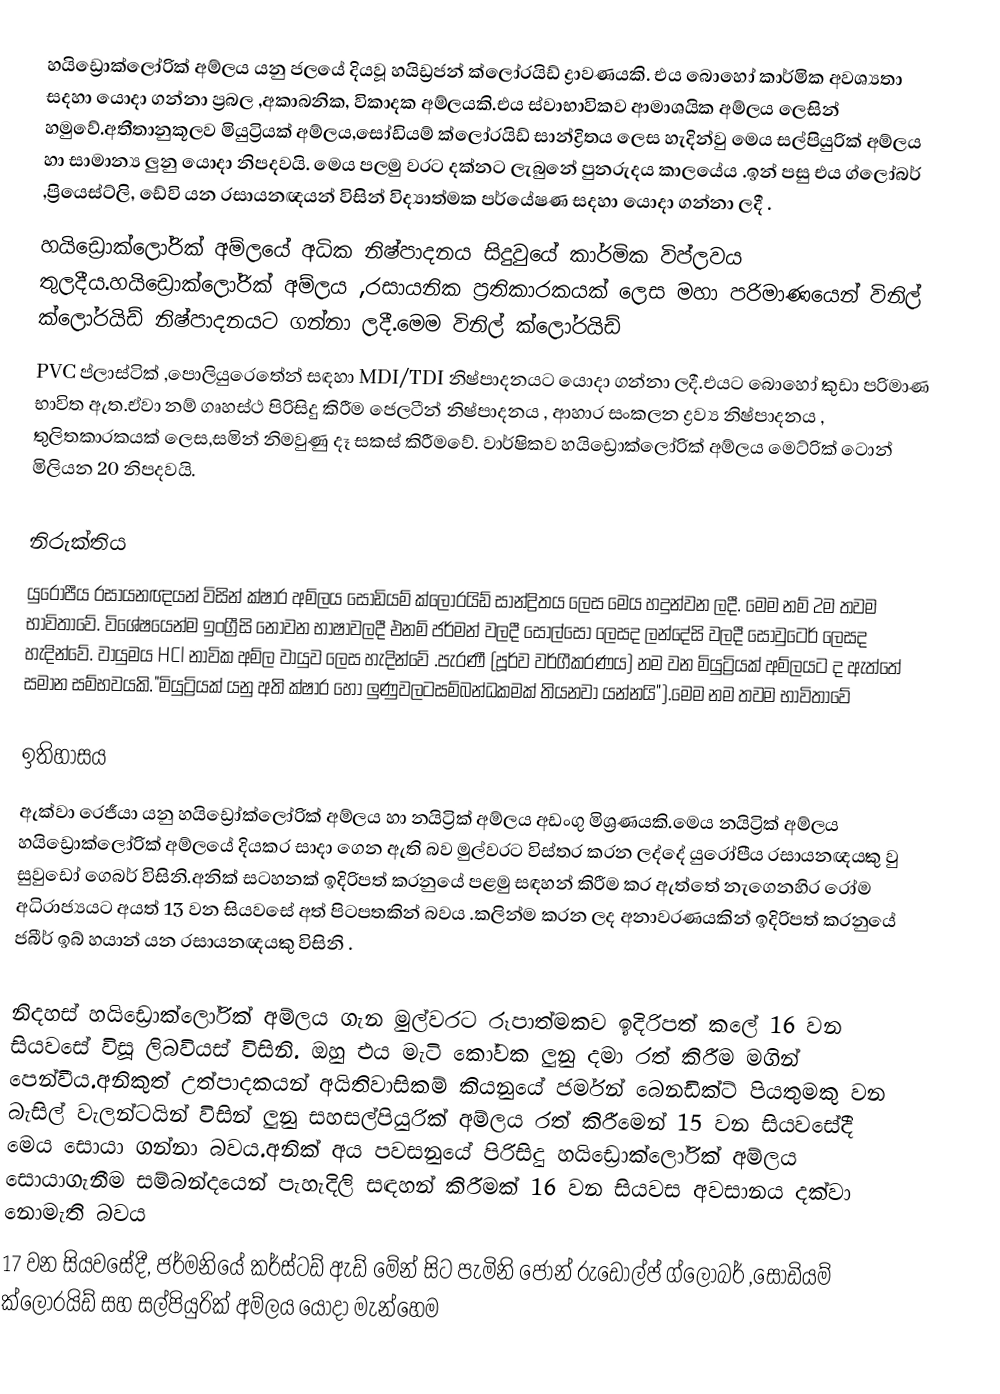
හයිඩ්‍රොක්ලෝරික් අම්ලය යනු ජලයේ දියවූ හයිඩ්‍රජන් ක්ලෝරයිඩ්  ද්‍රාවණයකි. එය බොහෝ කාර්මික අවශ්‍යතා සදහා යොදා ගන්නා ප්‍රබල ,අකාබනික, විකාදක අම්ලයකි.එය ස්වාභාවිකව ආමාශයික අම්ලය ලෙසින්  හමුවේ.අතීතානුකූලව මියුට්‍රියක් අම්ලය,සෝඩියම් ක්ලෝරයිඩ් සාන්ද්‍රිතය ලෙස හැදින්වු මෙය  සල්පියුරික් අම්ලය හා සාමාන්‍ය ලුනු යොදා නිපදවයි.  මෙය පලමු වරට දක්නට ලැබුනේ පුනරුදය කාලයේය .ඉන් පසු එය ග්ලෝබර් ,ප්‍රියෙස්ට්ලි, ඩේවි  යන රසායනඥයන් විසින් විද්‍යාත්මක පර්යේෂණ සදහා යොදා ගන්නා ලදී .
හයිඩ්‍රොක්ලෝරික්  අම්ලයේ  අධික නිෂ්පාදනය සිදුවුයේ කාර්මික විප්ලවය තුලදීය.හයිඩ්‍රොක්ලෝරික් අම්ලය ,රසායනික  ප්‍රතිකාරකයක් ලෙස මහා පරිමාණයෙන් විනිල්  ක්ලෝරයිඩ්   නිෂ්පාදනයට ගන්නා ලදී.මෙම විනිල් ක්ලෝරයිඩ්
PVC ප්ලාස්ටික් ,පොලියුරෙතේන් සඳහා MDI/TDI නිෂ්පාදනයට යොදා ගන්නා ලදී.එයට බොහෝ කුඩා පරිමාණ භාවිත ඇත.ඒවා නම්  ගෘහස්ථ  පිරිසිදු කිරීම ජෙලටීන් නිෂ්පාදනය , ආහාර සංකලන ද්‍රව්‍ය නිෂ්පාදනය ,  තුලිතකාරකයක් ලෙස,සමින් නිමවුණු  දෑ සකස් කිරීමවේ. වාර්ෂිකව හයිඩ්‍රොක්ලෝරික් අම්ලය මෙට්රික් ටොන් මිලියන 20 නිපදවයි.

නිරුක්තිය
යුරෝපීය රසායනඥයන් විසින් ක්ෂාර අම්ලය සෝඩියම් ක්ලෝරයිඩ් සාන්ද්‍රිතය ලෙස මෙය හදුන්වන ලදී. මෙම නම් 2ම තවම භාවිතාවේ. විශේෂයෙන්ම ඉංග්‍රීසි නොවන භාෂාවලදී එනම් ජර්මන් වලදී සෝල්සෝ ලෙසද ලන්දේසි වලදී සෝවුටෙර් ලෙසද හැදින්වේ. වායුමය HCl   නාවික අම්ල වායුව ලෙස හැදින්වේ .පැරණී (පූර්ව වර්ගීකරණය)  නම වන මියුට්‍රියක් අම්ලයට ද ඇත්තේ සමාන සම්භවයකි."මියුට්‍රියක්  යනු අති ක්ෂාර හෝ ලුණුවලටසම්බන්ධකමක් තියනවා යන්නයි").මෙම නම තවම භාවිතාවේ

ඉතිහාසය
ඇක්වා රෙජීයා යනු හයිඩ්‍රෝක්ලෝරික් අම්ලය හා නයිට්‍රික් අම්ලය අඩංගු මිශ්‍රණයකි.මෙය  නයිට්‍රික් අම්ලය හයිඩ්‍රොක්ලෝරික් අම්ලයේ දියකර සාදා ගෙන ඇති බව මුල්වරට විස්තර කරන ලද්දේ යුරෝපීය රසායනඥයකු වු  සුවුඩෝ ගෙබර් විසිනි.අනික්  සටහනක් ඉදිරිපත්  කරනුයේ   පළමු සඳහන් කිරීම කර ඇත්තේ නැගෙනහිර රෝම අධිරාජ්‍යයට අයත් 13 වන සියවසේ අත් පිටපතකින් බවය   .කලින්ම කරන ලද අනාවරණයකින් ඉදිරිපත් කරනුයේ ජබීර් ඉබ් හයාන් යන රසායනඥයකු විසිනි .

නිදහස් හයිඩ්‍රොක්ලෝරික් අම්ලය  ගැන මුල්වරට රූපාත්මකව ඉදිරිපත් කලේ 16 වන සියවසේ විසූ ලිබවියස් විසිනි.  ඔහු එය මැටි කෝවක ලුනු දමා රත් කිරීම මගින් පෙන්වීය.අනිකුත්  උත්පාදකයන් අයිතිවාසිකම් කියනුයේ ජර්මන් බෙනඩික්ට් පියතුමකු වන බැසිල් වැලන්ටයින් විසින් ලුනු සහසල්පියුරික් අම්ලය රත් කිරීමෙන් 15 වන සියවසේදී මෙය සොයා ගන්නා බවය.අනික් අය පවසනුයේ පිරිසිදු හයිඩ්‍රොක්ලෝරික් අම්ලය සොයාගැනීම සම්බන්දයෙන් පැහැදිලි සඳහන් කිරීමක්  16 වන සියවස අවසානය   දක්වා  නොමැති බවය
17 වන සියවසේදී, ජර්මනියේ කර්ස්ටඩ් ඇඩ් මේන් සිට පැමිනි ජෝන් රුඩොල්ප් ග්ලෝබර් ,සෝඩියම් ක්ලෝරයිඩ්  සහ සල්පියුරික් අම්ලය යොදා මැන්හෙම